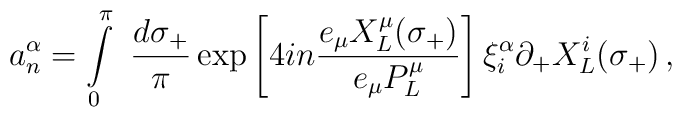
a^{\alpha}_{n}=\int\limits_{0}^{\pi}~\frac{d\sigma_{+}}{\pi}              \exp\left[4in\frac{e_{\mu}          X^{\mu}_{L}(\sigma_{+})}{e_{\mu}P^{\mu}_{L}}\right]             \xi^{\alpha}_{i}\partial_{+}X^{i}_{L}(\sigma_{+}) \,,